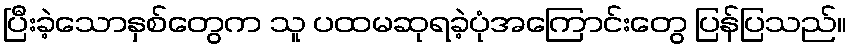
ပြီးခဲ့သောနှစ်တွေက သူ ပထမဆုရခဲ့ပုံအကြောင်းတွေ ပြန်ပြသည်။